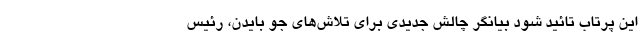
این پرتاب تائید شود بیانگر چالش جدیدی برای تلاش‌های جو بایدن، رئیس